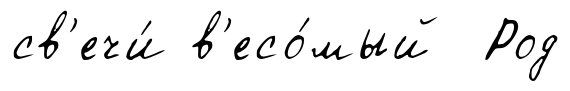
св'ечи́ в'есо́мый Род